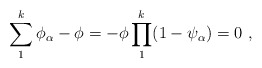
\begin{align*}\sum_{1}^{k} \phi_{\alpha}-\phi=-\phi \prod_{1}^{k} (1-\psi_{\alpha})=0\,\,,\end{align*}